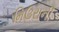
મિઉરાની